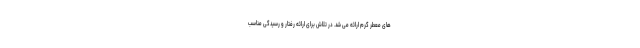
های معطر گرم ارائه می شد. در تلاش برای ارائه رفتار و رسیدگی مناسب